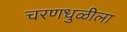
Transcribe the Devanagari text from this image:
चरणधुळीला